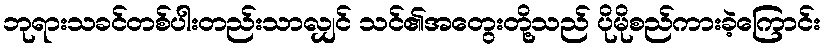
ဘုရားသခင်တစ်ပါးတည်းသာလျှင် သင်၏အတွေးတို့သည် ပိုမိုစည်ကားခဲ့ကြောင်း